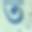
ত